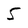
Character: 5